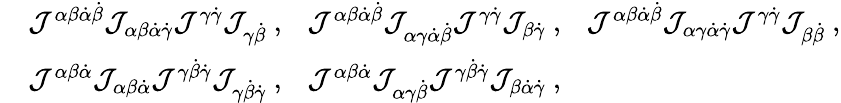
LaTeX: \begin{array}{rl}&{{\mathcal J}^{\alpha\beta{\dot{\alpha}}{\dot{\beta}}}{\mathcal J}_{\alpha\beta{\dot{\alpha}}\dot{\gamma}}{\mathcal J}^{\gamma\dot{\gamma}}{\mathcal J}_{\gamma\dot{\beta}}~,~~~{\mathcal J}^{\alpha\beta{\dot{\alpha}}{\dot{\beta}}}{\mathcal J}_{\alpha\gamma{\dot{\alpha}}\dot{\beta}}{\mathcal J}^{\gamma\dot{\gamma}}{\mathcal J}_{\beta\dot{\gamma}}~,~~~{\mathcal J}^{\alpha\beta{\dot{\alpha}}{\dot{\beta}}}{\mathcal J}_{\alpha\gamma{\dot{\alpha}}\dot{\gamma}}{\mathcal J}^{\gamma\dot{\gamma}}{\mathcal J}_{\beta\dot{\beta}}~,}\\ &{{\mathcal J}^{\alpha\beta{\dot{\alpha}}}{\mathcal J}_{\alpha\beta{\dot{\alpha}}}{\mathcal J}^{\gamma{\dot{\beta}}\dot{\gamma}}{\mathcal J}_{\gamma{\dot{\beta}}\dot{\gamma}}~,~~~{\mathcal J}^{\alpha\beta{\dot{\alpha}}}{\mathcal J}_{\alpha\gamma{\dot{\beta}}}{\mathcal J}^{\gamma{\dot{\beta}}\dot{\gamma}}{\mathcal J}_{\beta{\dot{\alpha}}\dot{\gamma}}~,}\end{array}